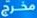
مخرج